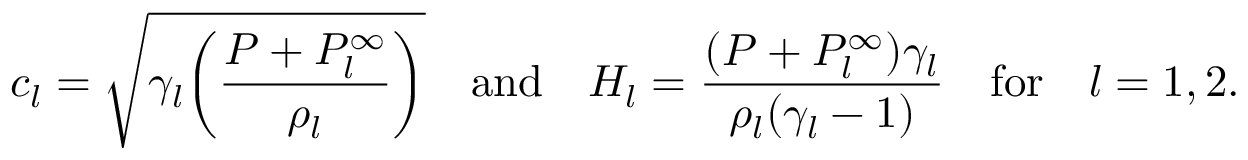
c _ { l } = \sqrt { \gamma _ { l } \bigg ( \frac { P + P _ { l } ^ { \infty } } { \rho _ { l } } \bigg ) } \quad \mathrm { a n d } \quad H _ { l } = \frac { ( P + P _ { l } ^ { \infty } ) \gamma _ { l } } { \rho _ { l } ( \gamma _ { l } - 1 ) } \quad \mathrm { f o r } \quad l = 1 , 2 .